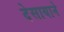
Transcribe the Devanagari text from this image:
देसायाने